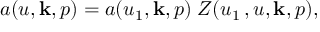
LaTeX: a ( u , { \bf k } , p ) = a ( u _ { 1 } , { \bf k } , p ) \; Z ( u _ { 1 } \, , u , { \bf k } , p ) ,